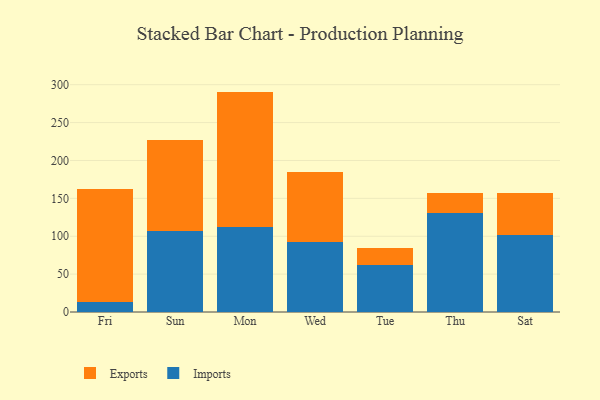
{"axis": {"x": "Day", "y": "Active Users"}, "legend": ["Exports", "Imports"], "data": [{"x": "Fri", "y": 12.6, "type": "Imports"}, {"x": "Fri", "y": 149.9, "type": "Exports"}, {"x": "Sun", "y": 106.5, "type": "Imports"}, {"x": "Sun", "y": 120.8, "type": "Exports"}, {"x": "Mon", "y": 112.0, "type": "Imports"}, {"x": "Mon", "y": 178.9, "type": "Exports"}, {"x": "Wed", "y": 92.8, "type": "Imports"}, {"x": "Wed", "y": 91.7, "type": "Exports"}, {"x": "Tue", "y": 61.9, "type": "Imports"}, {"x": "Tue", "y": 22.0, "type": "Exports"}, {"x": "Thu", "y": 131.3, "type": "Imports"}, {"x": "Thu", "y": 26.4, "type": "Exports"}, {"x": "Sat", "y": 102.1, "type": "Imports"}, {"x": "Sat", "y": 55.3, "type": "Exports"}]}